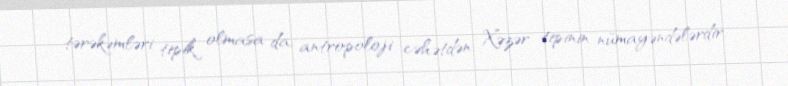
tərəkəmləri tipik olmasa da, antropoloji cəhətdən Xəzər tipinin nümayəndələrdir.